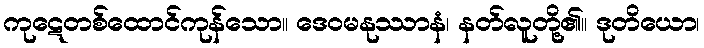
ကုဋေတစ်ထောင်ကုန်သော။ ဒေဝမနုဿာနံ၊ နတ်လူတို့၏။ ဒုတိယော၊